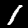
Digit: 1